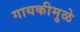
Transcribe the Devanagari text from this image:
गायकीमुळे